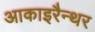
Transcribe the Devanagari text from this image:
आकाइरैन्थर